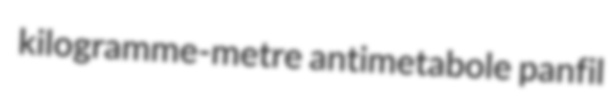
kilogramme-metre antimetabole panfil